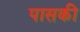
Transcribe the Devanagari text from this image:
पासकी